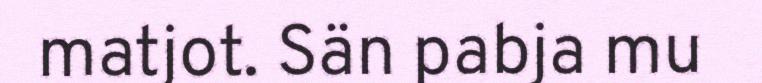
matjot. Sän pabja mu